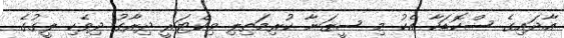
އާދައިގެ ސްކޮޑަކާ އެކު މި ސީޒަނާ ކުރިމަތިލި ވިކްޓަރީ ދިރާގު ދިވެހި ލީގުގެ